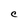
Character: C